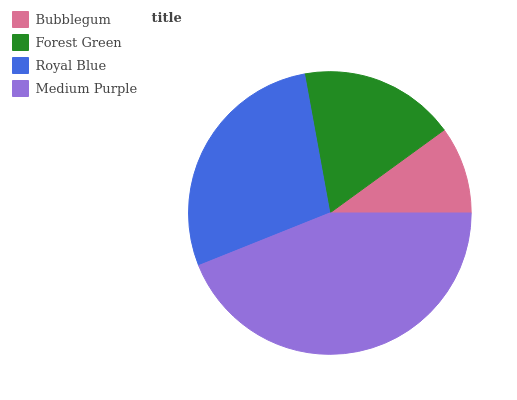
| Bubblegum | Forest Green | Royal Blue | Medium Purple |
 | --- | --- | --- | --- |
 | 10% | 17.8% | 28.2% | 44% |